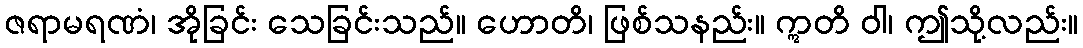
ဇရာမရဏံ၊ အိုခြင်း သေခြင်းသည်။ ဟောတိ၊ ဖြစ်သနည်း။ ဣတိ ဝါ၊ ဤသို့လည်း။